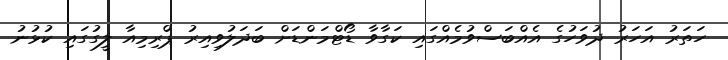
ހަތަރު އަހަރު ދުވަހުގެ އެއްބަސްވުމެއްގައި ކަގާވާ ޑޯޓްމަންޑަށް ބަދަލުވިއިރު ޕްރިމިއާ ލީގުގައި ކުޅުނު